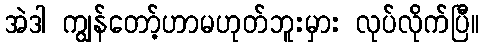
အဲဒါ ကျွန်တော့်ဟာမဟုတ်ဘူးမှား လုပ်လိုက်ပြီ။